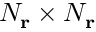
N _ { \mathbf { r } } \times N _ { \mathbf { r } }